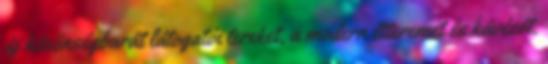
új közönségbarát látogatói tereket, a modern étteremet és kávézót.